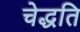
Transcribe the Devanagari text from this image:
चेद्धति